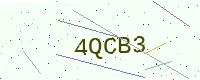
Text: 4QCB3